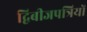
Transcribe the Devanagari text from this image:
द्विबीजपत्रियों